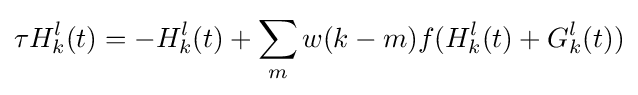
\tau H_{k}^{l}(t)=-H_{k}^{l}(t)+\sum _{m}w(k-m)f(H_{k}^{l}(t)+G_{k}^{l}(t))